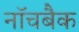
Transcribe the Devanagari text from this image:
नॉचबैक